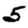
Digit: 5